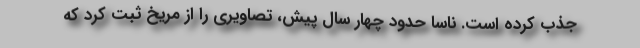
جذب کرده است. ناسا حدود چهار سال پیش، تصاویری را از مریخ ثبت کرد که